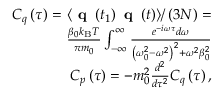
\begin{array} { r } { C _ { q } \left( \tau \right) = \left. \left< \textbf { q } \left( t _ { 1 } \right) \textbf { q } \left( t \right) \right> \right/ \left( 3 N \right) = } \\ { \frac { \beta _ { 0 } k _ { \mathrm { B } } T } { \pi m _ { 0 } } \int _ { - \infty } ^ { \infty } \frac { e ^ { - i \omega \tau } d \omega } { \left( \omega _ { 0 } ^ { 2 } - \omega ^ { 2 } \right) ^ { 2 } + \omega ^ { 2 } \beta _ { 0 } ^ { 2 } } } \\ { C _ { p } \left( \tau \right) = - m _ { 0 } ^ { 2 } \frac { d ^ { 2 } } { d \tau ^ { 2 } } C _ { q } \left( \tau \right) , } \end{array}